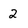
Character: 2